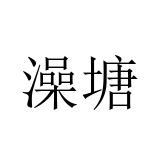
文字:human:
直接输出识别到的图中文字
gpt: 澡塘